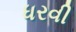
ધરવી